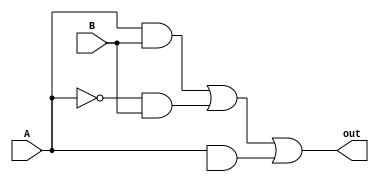
module xor_gate (
    input A,
    input B,
    output out
);

wire A_inv;
wire gate_out1, gate_out2, gate_out3;

assign A_inv = ~A;

assign gate_out1 = A & B;
assign gate_out2 = A_inv & B;
assign gate_out3 = A & B_inv;

assign out = gate_out1 | gate_out2 | gate_out3;

endmodule